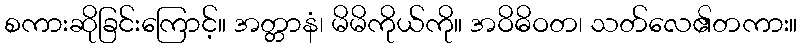
စကားဆိုခြင်းကြောင့်။ အတ္တာနံ၊ မိမိကိုယ်ကို။ အဝိဓိဝတ၊ သတ်လေ၏တကား။